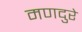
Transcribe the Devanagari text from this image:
मणदुरे